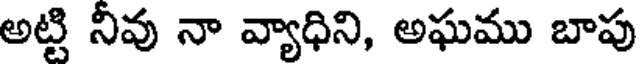
అట్టి నీవు నా వ్యాధిని, అఘము బాపు